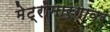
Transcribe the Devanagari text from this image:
मेट्रोमार्गावर